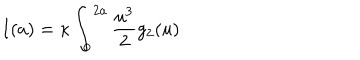
LaTeX: I ( a ) = \kappa \int _ { 0 } ^ { 2 a } { \frac { u ^ { 3 } } { 2 } } g _ { 2 } ( u )